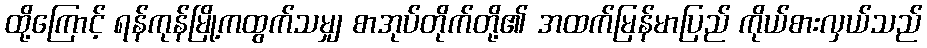
ထို့ကြောင့် ရန်ကုန်မြို့ကထွက်သမျှ စာအုပ်တိုက်တို့၏ အထက်မြန်မာပြည် ကိုယ်စားလှယ်သည်